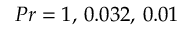
P r = 1 , \, 0 . 0 3 2 , \, 0 . 0 1